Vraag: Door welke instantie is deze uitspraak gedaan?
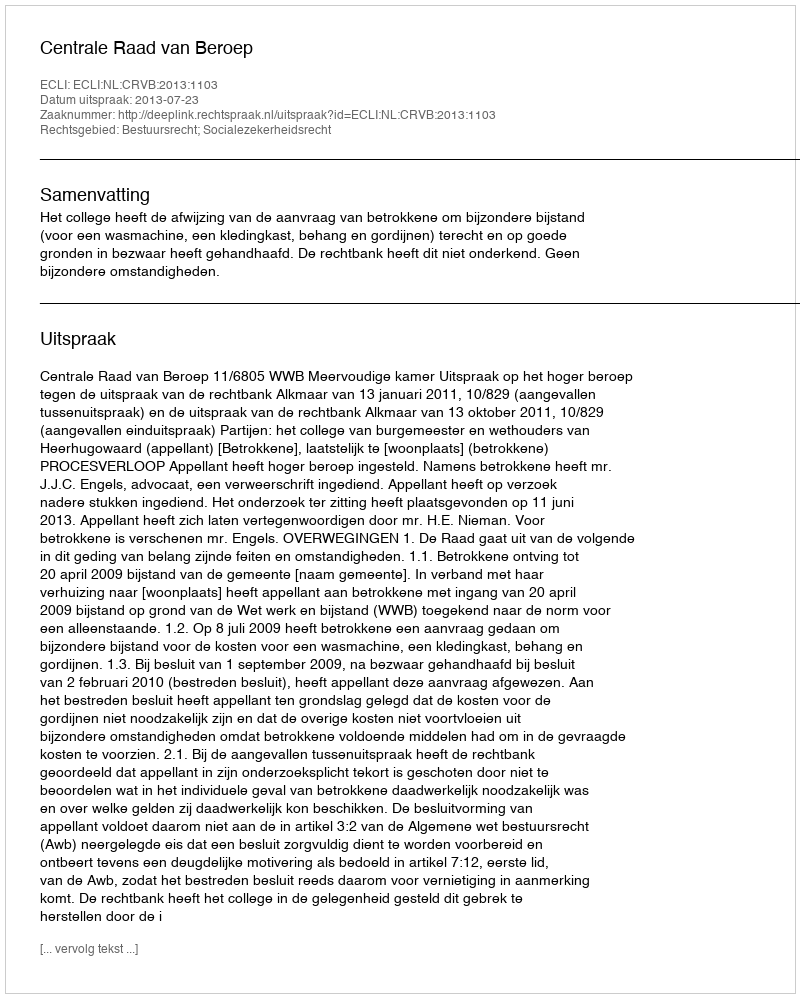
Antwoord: Centrale Raad van Beroep